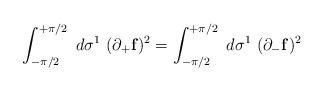
LaTeX: \begin{align*}\int_{-\pi/2}^{+\pi/2}~d\sigma^1~(\partial_{+}{\bf f})^2 = \int_{-\pi/2}^{+\pi/2}~d\sigma^1~(\partial_{-}{\bf f})^2\end{align*}